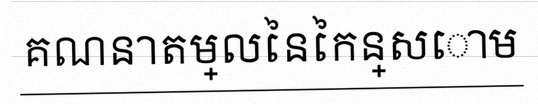
គណនាតម្លៃនៃកន្សោម